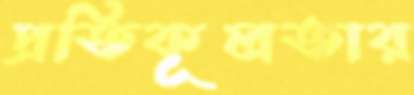
প্রতিকূলতার